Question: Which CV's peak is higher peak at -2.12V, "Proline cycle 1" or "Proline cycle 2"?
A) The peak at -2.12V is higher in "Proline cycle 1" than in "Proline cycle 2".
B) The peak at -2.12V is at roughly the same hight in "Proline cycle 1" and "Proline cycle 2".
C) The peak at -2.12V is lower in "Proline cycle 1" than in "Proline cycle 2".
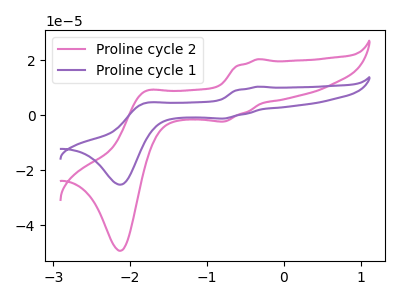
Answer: <think>The pink curve "Proline cycle 2" has anodic peaks at (-0.35V, 20.45uA) (-1.80V, 8.65uA) and cathodic peaks at (-0.80V, -2.20uA) (-2.10V, -49.20uA). The purple curve "Proline cycle 1" has anodic peaks at (-0.35V, 10.45uA) (-1.80V, 4.40uA) and cathodic peaks at (-0.80V, -1.15uA) (-2.10V, -25.20uA).</think>
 <answer>C) The peak at -2.12V is lower in "Proline cycle 1" than in "Proline cycle 2".</answer>
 <eval>C</eval>